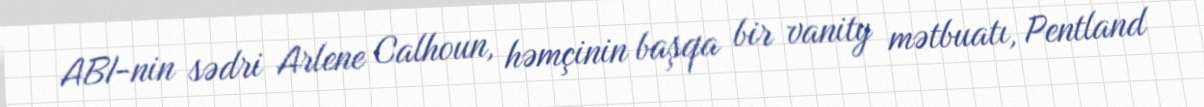
ABI-nin sədri Arlene Calhoun, həmçinin başqa bir vanity mətbuatı, Pentland